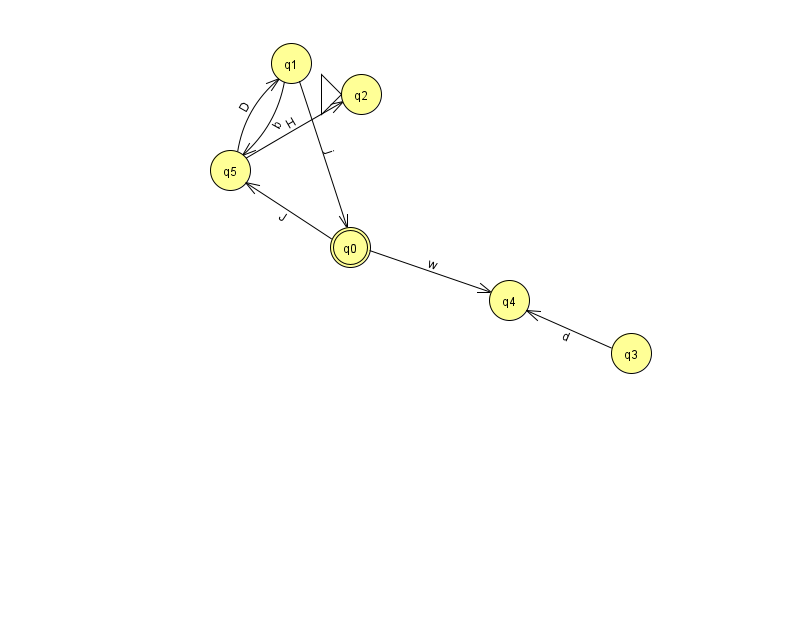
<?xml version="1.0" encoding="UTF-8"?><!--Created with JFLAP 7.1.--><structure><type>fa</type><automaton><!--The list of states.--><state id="0" name="q0"><x>350.0</x><y>234.0</y><final/></state><state id="1" name="q1"><x>291.0</x><y>50.0</y></state><state id="2" name="q2"><x>361.0</x><y>81.0</y><initial/></state><state id="3" name="q3"><x>631.0</x><y>340.0</y></state><state id="4" name="q4"><x>509.0</x><y>287.0</y></state><state id="5" name="q5"><x>230.0</x><y>157.0</y></state><!--The list of transitions.--><transition><from>1</from><to>0</to><read>j</read></transition><transition><from>5</from><to>2</to><read>H</read></transition><transition><from>0</from><to>4</to><read>w</read></transition><transition><from>0</from><to>5</to><read>J</read></transition><transition><from>5</from><to>1</to><read>D</read></transition><transition><from>1</from><to>5</to><read>b</read></transition><transition><from>3</from><to>4</to><read>d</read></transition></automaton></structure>